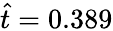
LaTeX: \hat{t}=0.389